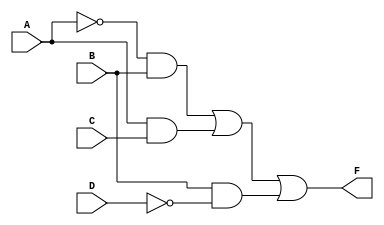
module combinational_logic_block (
    input wire A,  // Input variable A
    input wire B,  // Input variable B
    input wire C,  // Input variable C
    input wire D,  // Input variable D
    output wire F  // Output of the logical function
);

// Internal signals for the essential prime implicants
wire A_not, B_not, C_not, D_not;
wire term1, term2, term3;

// Invert the inputs
not (A_not, A);
not (B_not, B);
not (C_not, C);
not (D_not, D);

// Define the essential prime implicants
// term1 = A'B
and (term1, A_not, B);

// term2 = AC
and (term2, A, C);

// term3 = BD'
and (term3, B, D_not);

// Final output F = term1 + term2 + term3
or (F, term1, term2, term3);

endmodule